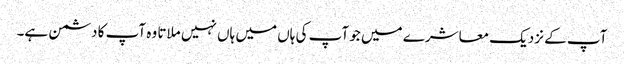
آپ کے نزدیک معاشرے میں جو آپ کی ہاں میں ہاں نہیں ملاتا وہ آپ کا دشمن ہے۔